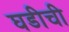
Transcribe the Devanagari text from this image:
घडीची